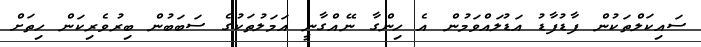
ސައިކަލްތަަކުން ފާޑުފާޑު އަޑުލައްވަމުން އެ ހިންގާ ނޭއްގާނީ އަމަލުތަކުގެ ސަބަބުން ބިރުވެރިކަން ހިތަށް